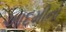
આદમીનો